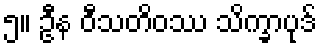
၅။ ဦန ဝီသတိဝဿ သိက္ခာပုဒ်